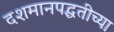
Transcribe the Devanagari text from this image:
दशमानपद्धतीच्या